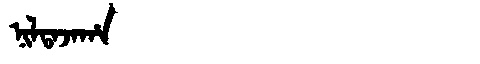
Manchu: ᠨᡳᠯᡨᠠᠵᠠᡥᠠ
Romanization: NILTAJAHA